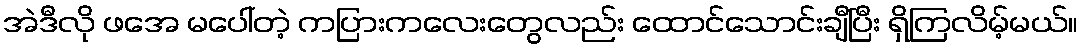
အဲဒီလို ဖအေ မပေါ်တဲ့ ကပြားကလေးတွေလည်း ထောင်သောင်းချီပြီး ရှိကြလိမ့်မယ်။